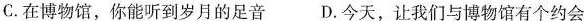
2)如果你是社团成员，请你选择一个主题活动，并说明理由。